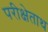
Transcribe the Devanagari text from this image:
परीक्षेताथ